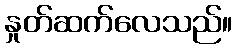
နှုတ်ဆက်လေသည်။